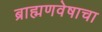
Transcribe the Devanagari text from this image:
ब्राह्मणवेषाचा